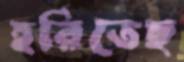
হরিতেছ